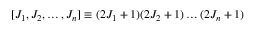
[ J _ { 1 } , J _ { 2 } , \ldots , J _ { n } ] \equiv ( 2 J _ { 1 } + 1 ) ( 2 J _ { 2 } + 1 ) \ldots ( 2 J _ { n } + 1 )